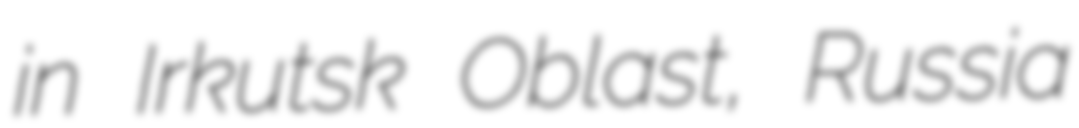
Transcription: in Irkutsk Oblast, Russia